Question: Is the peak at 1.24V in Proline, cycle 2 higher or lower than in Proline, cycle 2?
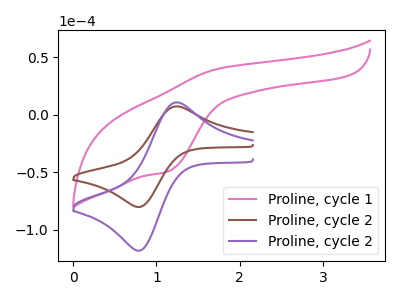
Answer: <think>The pink curve "Proline, cycle 1" has an anodic peak at (1.75V, 40.15uA) and a cathodic peak at (1.15V, -48.95uA). The brown curve "Proline, cycle 2" has an anodic peak at (1.25V, 7.30uA) and a cathodic peak at (0.80V, -80.10uA). The purple curve "Proline, cycle 2" has an anodic peak at (1.25V, 10.80uA) and a cathodic peak at (0.80V, -118.05uA).</think>
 <answer>The peak at 1.24V is lower in "Proline, cycle 2" than in "Proline, cycle 2".</answer>
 <eval>lower</eval>